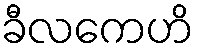
ခီလကေဟိ